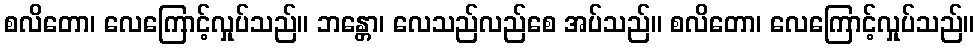
စလိတော၊ လေကြောင့်လှုပ်သည်။ ဘန္တော၊ လေသည်လည်စေ အပ်သည်။ စလိတော၊ လေကြောင့်လှုပ်သည်။